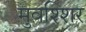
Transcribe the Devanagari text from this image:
मुवश्शिर